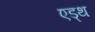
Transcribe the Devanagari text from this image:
एड्थ